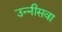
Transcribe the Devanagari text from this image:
उन्नीसवा